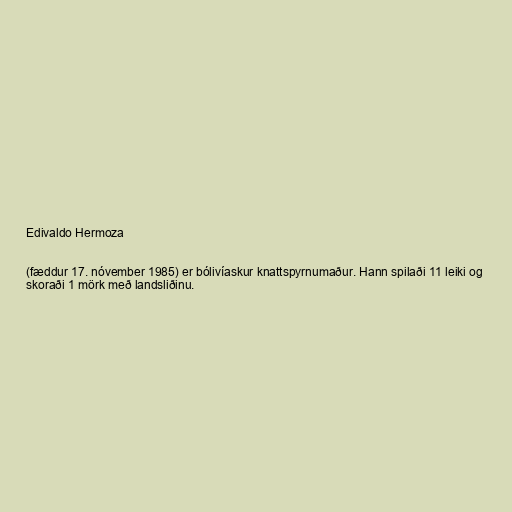
Edivaldo Hermoza

(fæddur 17. nóvember 1985) er bólivíaskur knattspyrnumaður. Hann spilaði 11 leiki og
skoraði 1 mörk með landsliðinu.